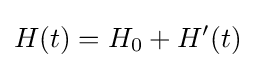
H(t)=H_{0}+H'(t)